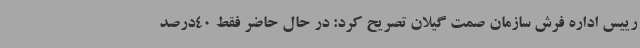
رییس اداره فرش سازمان صمت گیلان تصریح کرد: در حال حاضر فقط 40درصد